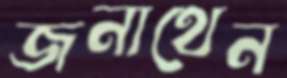
জনাথেন